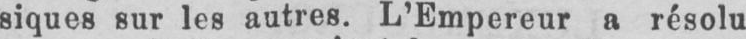
siques sur les autres. L’Empereur a résolu